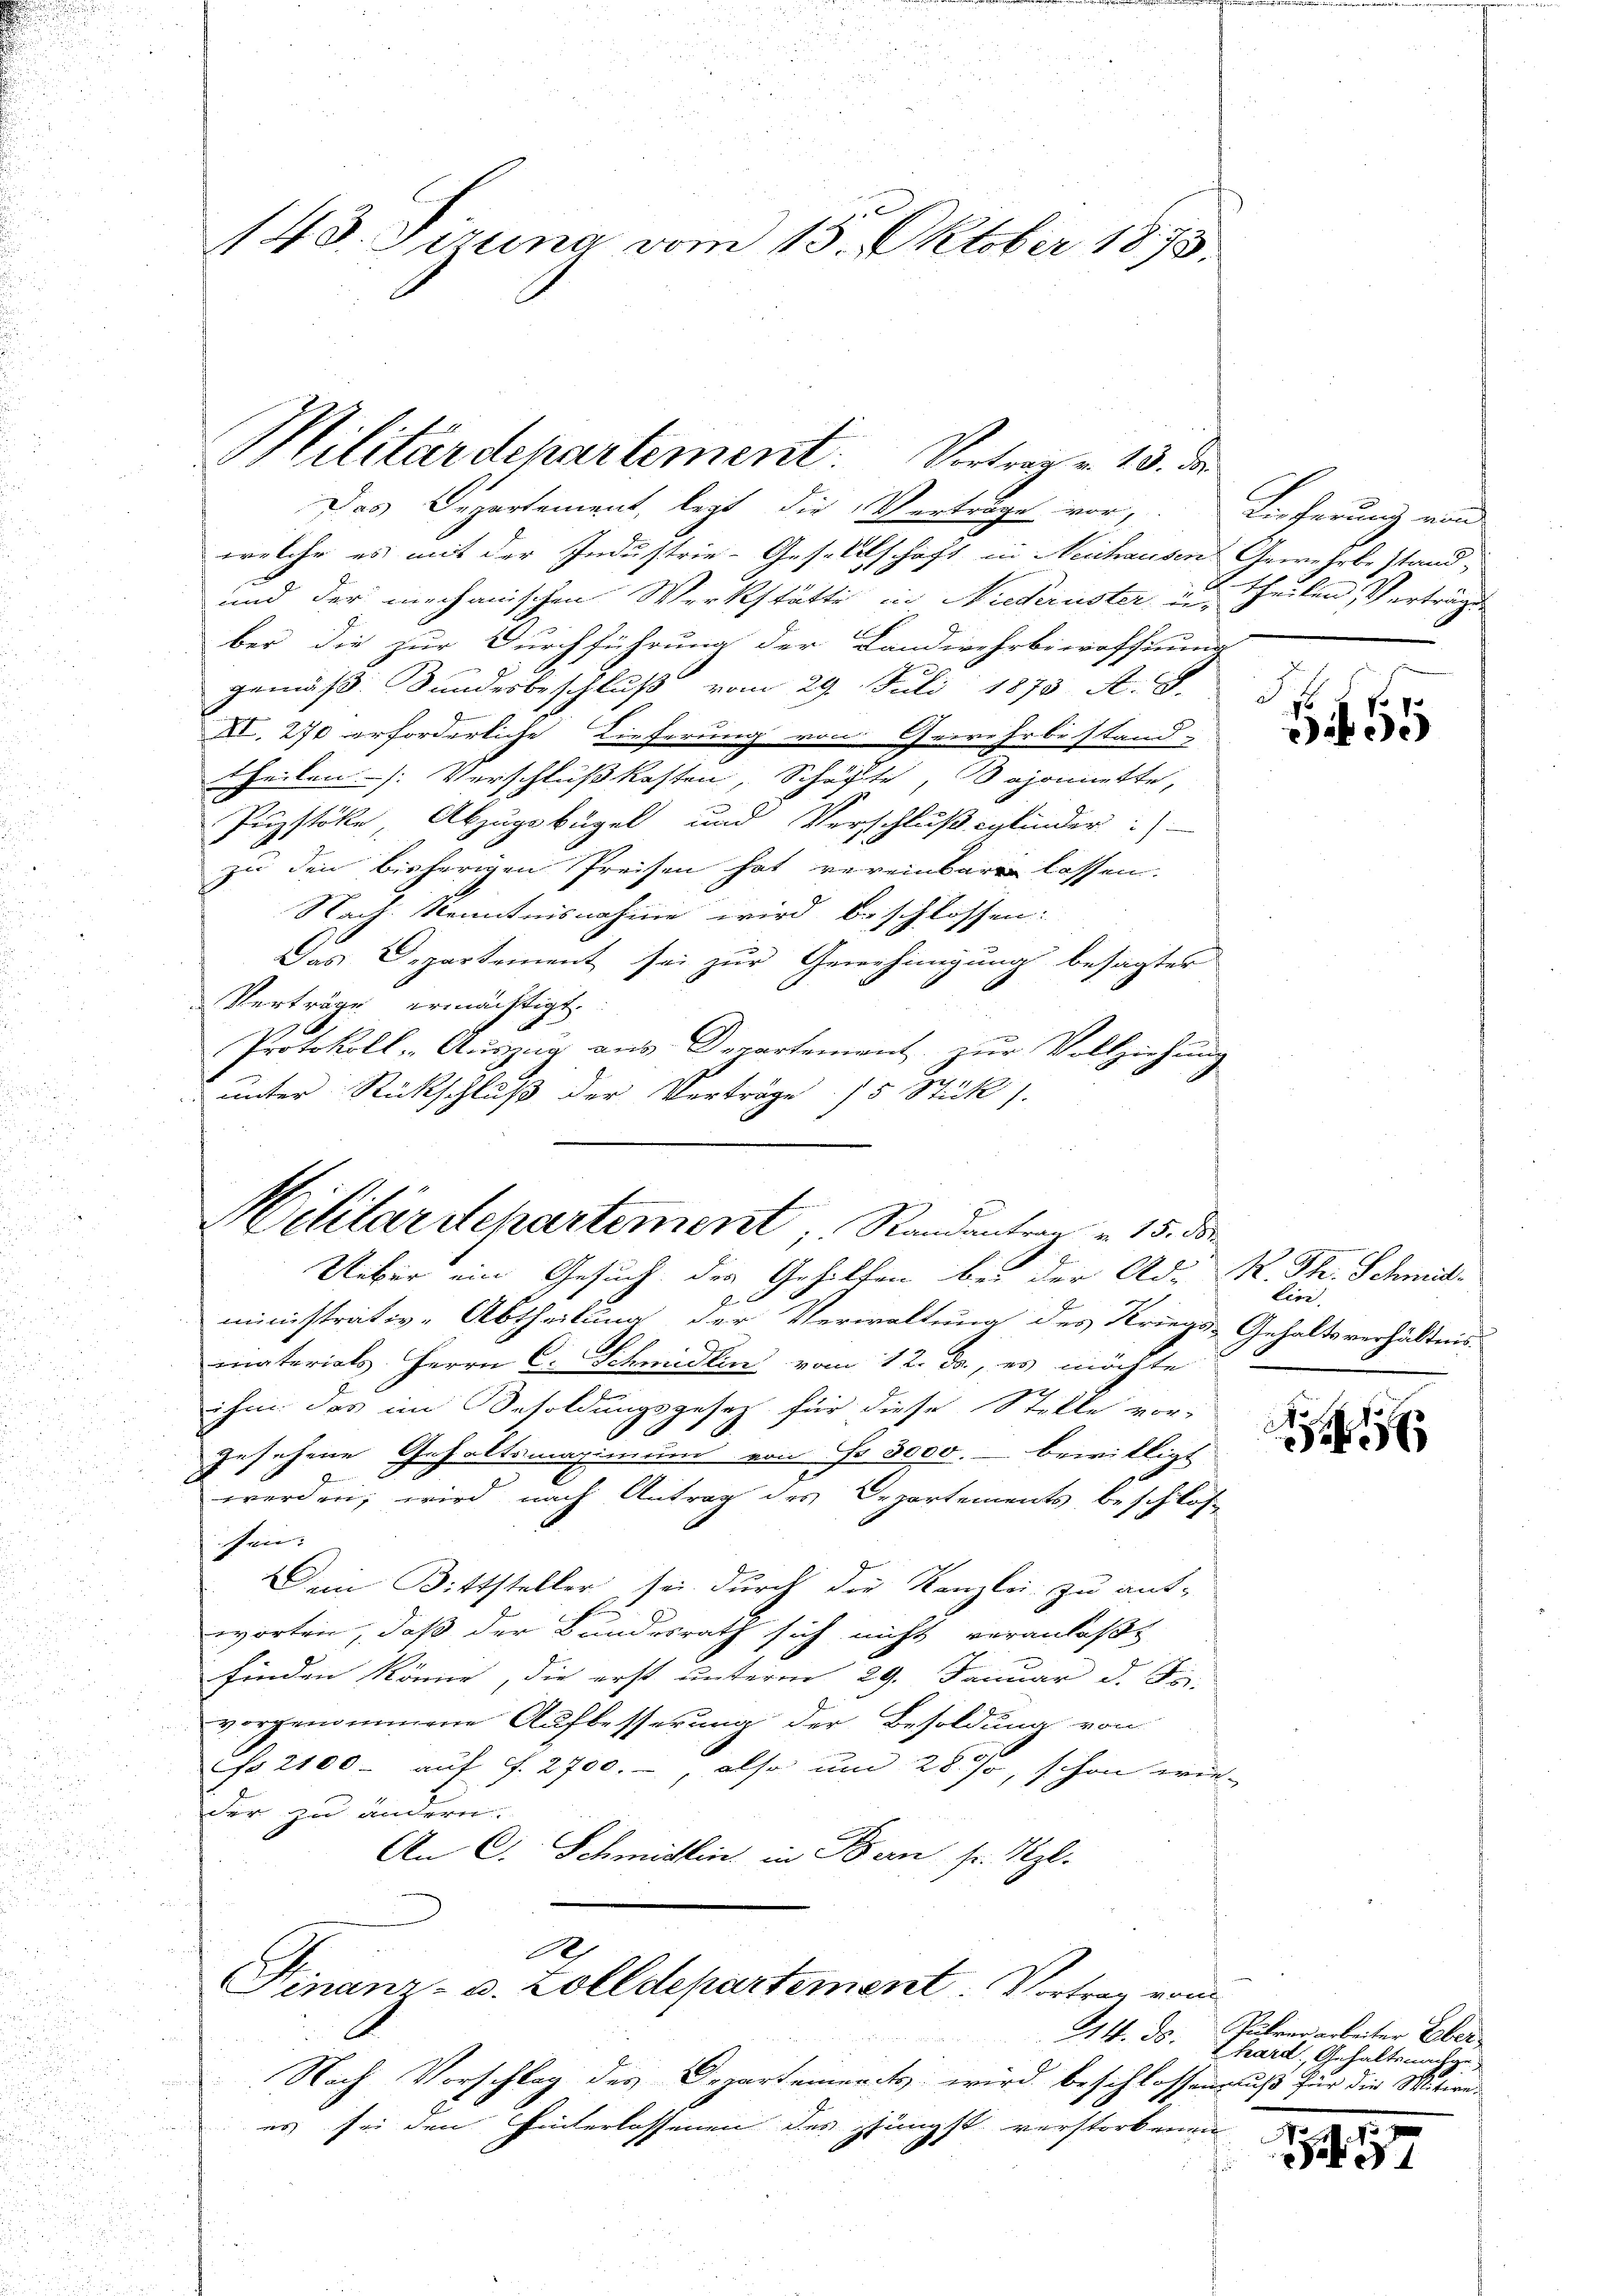
148. Sirung vom 15. Oktober 1873.

Militärdepartement: Vertrag v. 13. de

Das Departement, legt die Verträge vor, Lieferung von
welche es mit der Industrie-Gesellschaft in Neuchausen Gewehrbestand,
und der mechanischen Werkstätte in Niederuster in Theilen Verträge
ber die zur Durchführung der Landwehrbiwröffnung
gemäß Sundesbeschluß vom 29. Juli 1873 A. B.
b
XI. 276 erforderliche Lieferung von Grire Erbestand-
Theilen /: Verschluß kosten, Schäfte, Bajonette,
Przstoke Abzugsbügel und Verschlußsglieder:)
zu den bisherigen Preisen hat vereinbare lassen.
Nach Kenntnisnahme wird beschlossen:
Das Departement sei zur Genehmigung besagter
Verträge ermächtigt.
9
Protokoll - Auszug aus Departement, zur Vollziehung
unter Rückschluß der Verträge 15 Stück.

Hilitärschartement, Randantrag v. 15. ds.

Ueber ein Gesuch des Gehilfen bei der Ad. K. Th. Schmitministrativ-Abtheilung der Verwaltung des Kriegs-Gehaltsverhältnis
matorials Herrn C. Schmidlin vom 12. ds., es möchte
ihm das im Besoldungsgesetz für diese Stelle vor-
gesehene Gehaltsmaximum von No 3000. bewilligt
e
werden; wird nach Antrag des Departements, beschlosfen:
Dein Bittsteller sei durch die Kanzlei zu ant-
worten, daß der Bundesrath sich nicht veranlaßt
finden könne, die erst unterm 29. Januar d. J.
vorgenommene Aufbesserung der Besoldung von
cso 2100- auf ff. 2700.-, also um 28 %, schon wie-
der zu ändern.
An C. Schmidlin, in Bern sr. Kgl.
3
h
Finanz- u. Zolldepartement. Vortrag vom
Nach Vorschlag des Departements wird beschlossengluß für die Mitwe-
es sei den Hinterlassenen des stungst verstorbenen

1
355

livi.

44. ds. Pührer arbeiter Oberhard Gehaltenachge

5